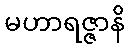
မဟာရဇ္ဇာနိ